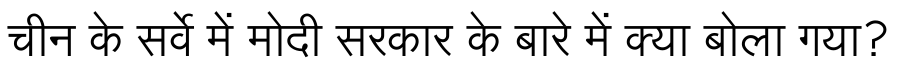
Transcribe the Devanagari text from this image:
चीन के सर्वे में मोदी सरकार के बारे में क्या बोला गया?